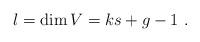
LaTeX: \begin{align*}l=\dim V = ks+g-1 \ .\end{align*}